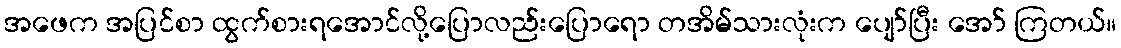
အဖေက အပြင်စာ ထွက်စားရအောင်လို့ပြောလည်းပြောရော တအိမ်သားလုံးက ပျော်ပြီး အော် ကြတယ်။